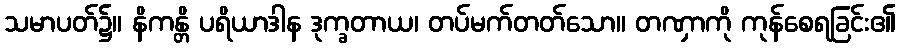
သမာပတ်၌။ နိကန္တိ ပရိယာဒါန ဒုက္ခတာယ၊ တပ်မက်တတ်သော။ တဏှာကို ကုန်စေရခြင်း၏